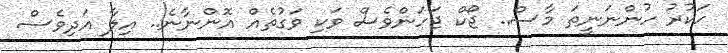
ހަކުރު ހުންނަނީތަ މާސް.. ޖޯކް ޖަހަންވެސް ވަކި ވަގުތެއް އޮންނާނެ.. އިލާ އަދިވެސް